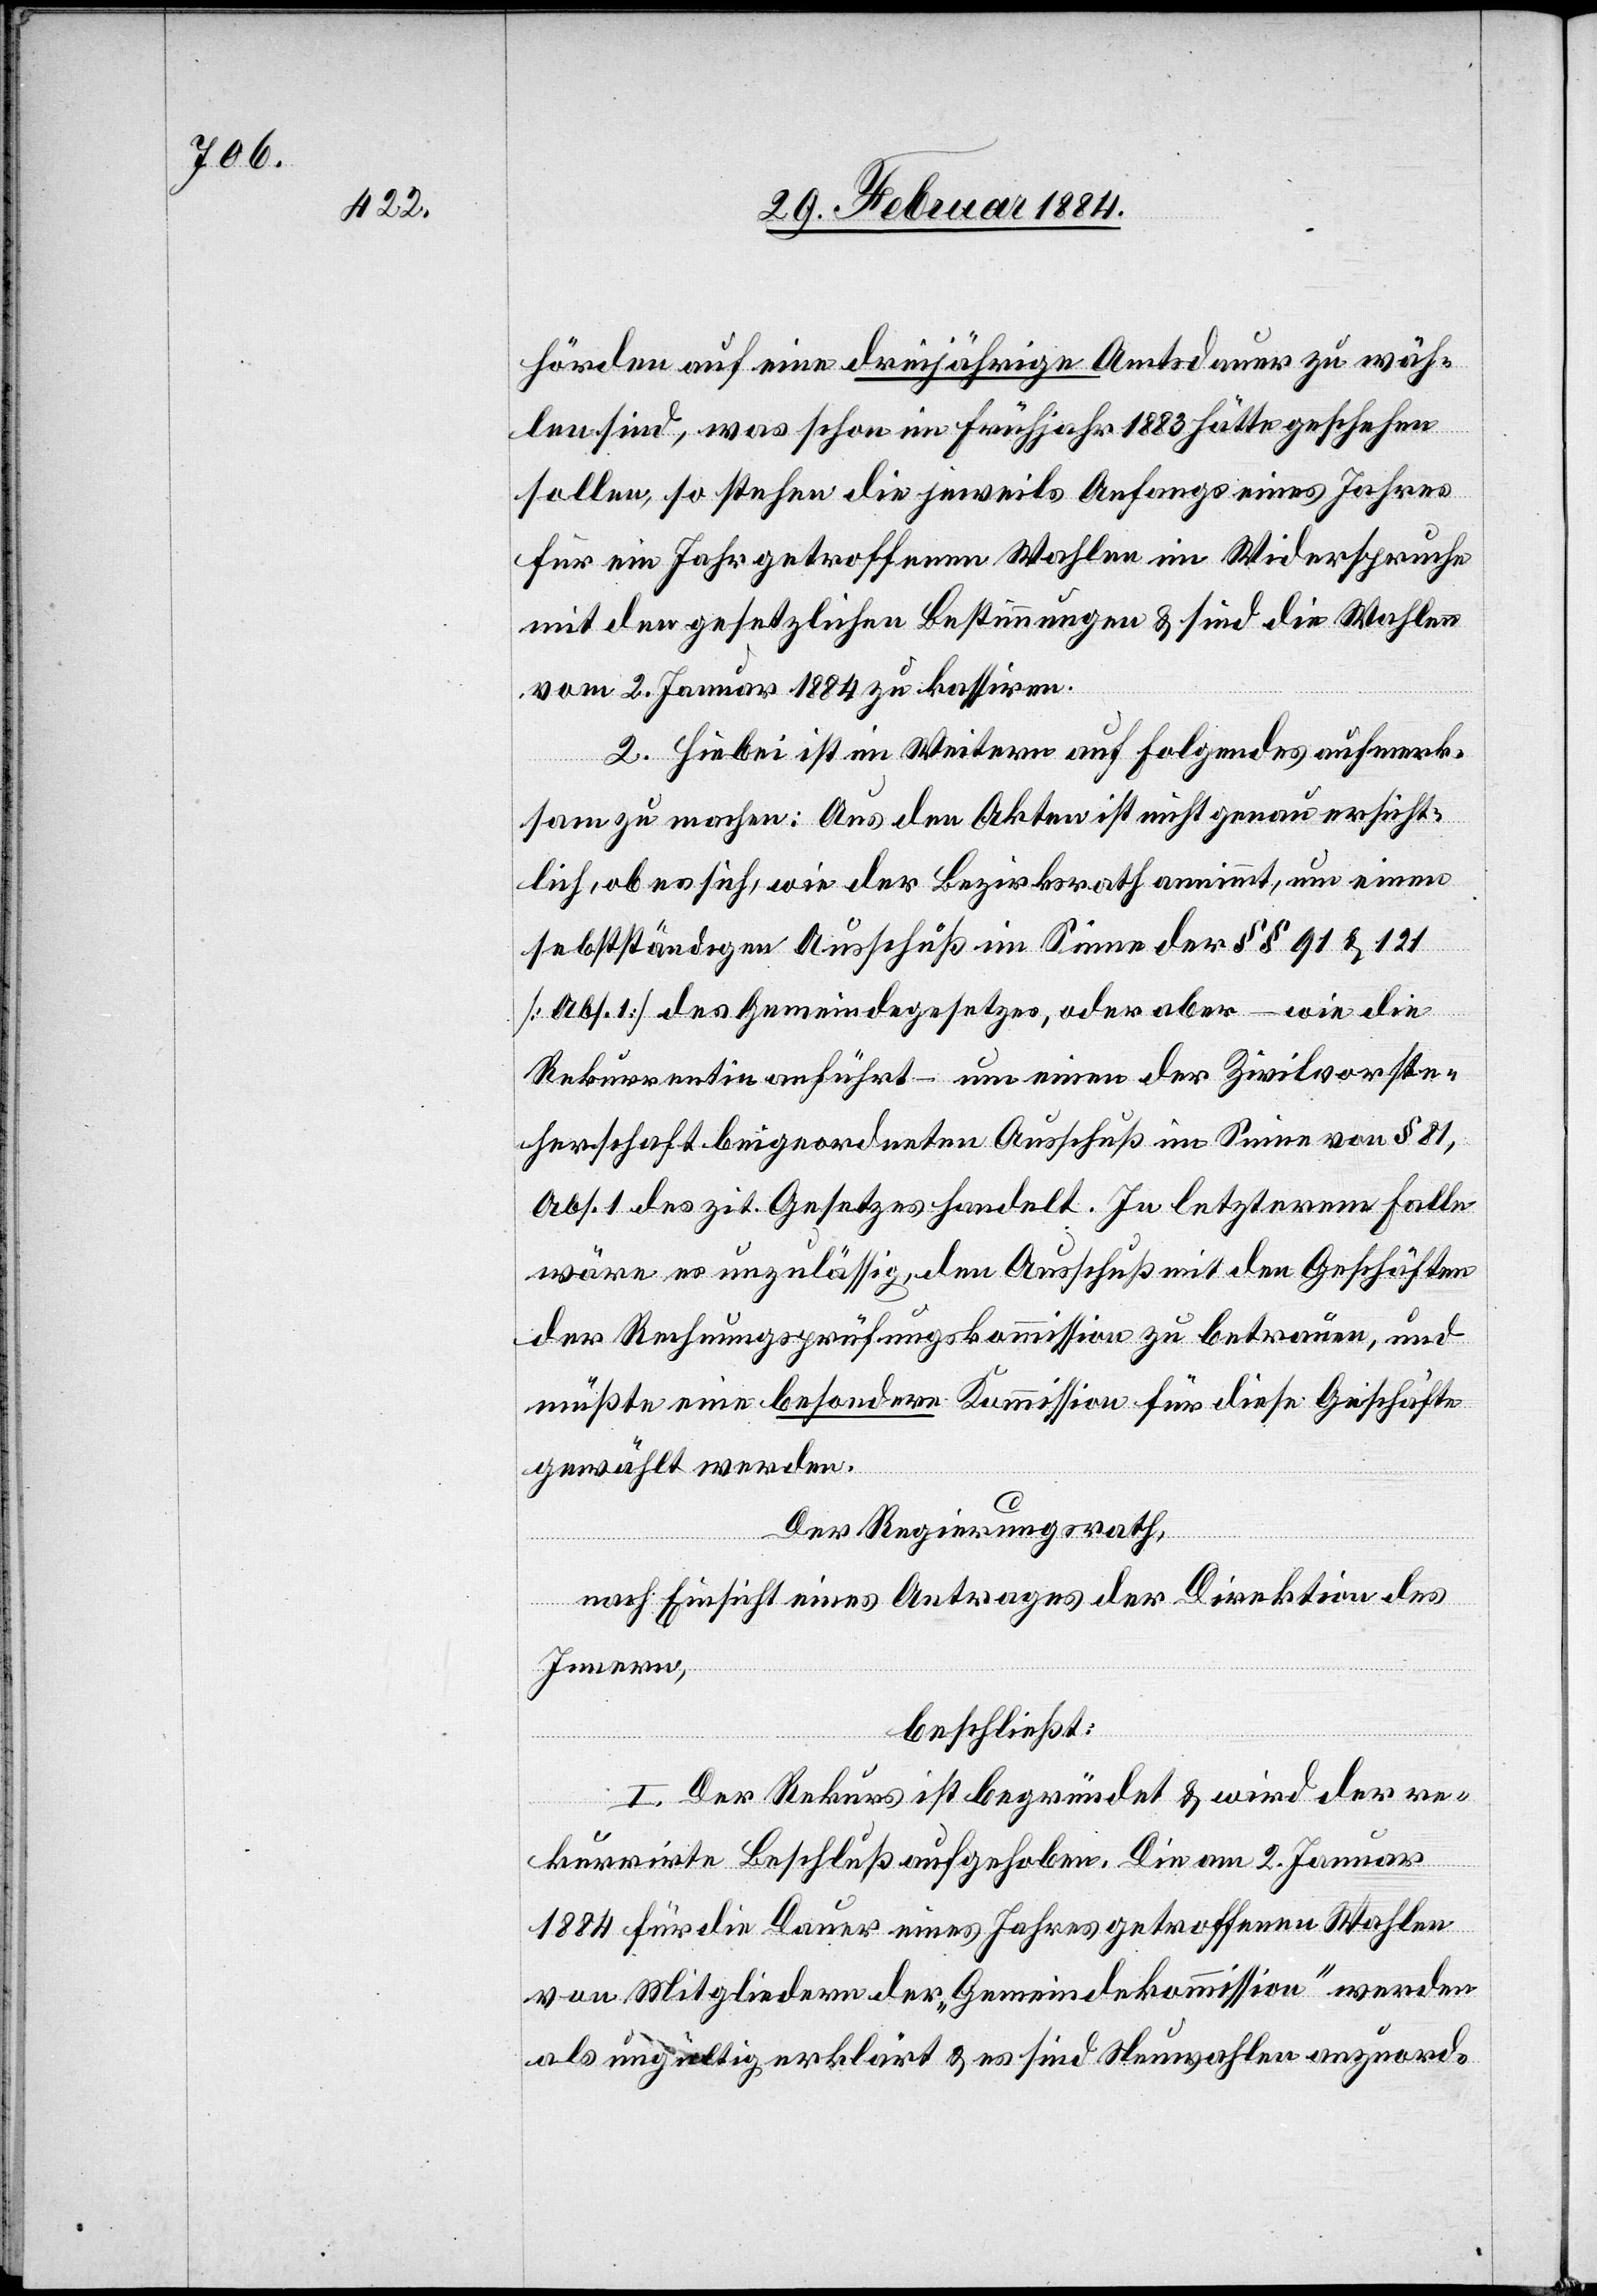
hörden auf eine dreijährige Amtsdauer zu wäh¬
len sind, was schon im Frühjahr 1883 hätte geschehen
sollen, so stehen die jeweils Anfangs eines Jahres
für ein Jahr getroffenen Wahlen im Widerspruche
mit den gesetzlichen Bestimmungen & sind die Wahlen
vom 2. Januar 1884 zu kassiren.
2. Hiebei ist im Weitern auf folgendes aufmerk¬
sam zu machen: Aus den Akten ist nicht genau ersicht¬
lich, ob es sich, wie der Bezirksrath annimmt, um einen
selbständigen Ausschuß im Sinne der §§ 91 & 121
[Abs. 1] des Gemeindegesetzes, oder aber – wie die
Rekurrentin anführt – um einen der Zivilvorste¬
herschaft beigeordneten Ausschuß im Sinne von § 81,
Abs. 1 des zit. Gesetzes handelt. In letzterem Falle
wäre es unzulässig, den Ausschuß mit den Geschäften
der Rechnungsprüfungskommission zu betrauen, und
müßte eine besondere Kommission für diese Geschäfte
gewählt werden.
Der Regierungsrath,
nach Einsicht eines Antrages der Direktion des
Innern,
beschließt:
I. Der Rekurs ist begründet & wird der re¬
kurrirte Beschluß aufgehoben. Die am 2. Januar
1884 für die Dauer eines Jahres getroffenen Wahlen
von Mitgliedern der „Gemeindekommission“ werden
als ungültig erklärt & es sind Neuwahlen anzuord-